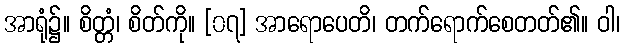
အာရုံ၌။ စိတ္တံ၊ စိတ်ကို။ [၀၇] အာရောပေတိ၊ တက်ရောက်စေတတ်၏။ ဝါ၊